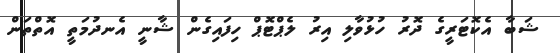
ޝަބާ އެކޮޓަރީގެ ދޮރު ހުޅުވާލި އިރު ލެޕްޓޮޕް ހިފައިގެން ޝާނީ އެނދުމަތީ އޮތްތަން